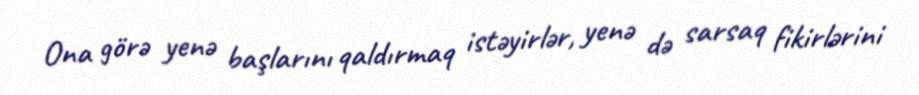
Ona görə yenə başlarını qaldırmaq istəyirlər, yenə də sarsaq fikirlərini